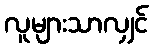
လူများသာလျှင်